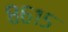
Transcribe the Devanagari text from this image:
८६१५